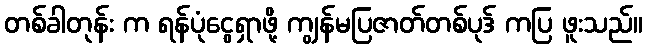
တစ်ခါတုန်း က ရန်ပုံငွေရှာဖို့ ကျွန်မပြဇာတ်တစ်ပုဒ် ကပြ ဖူးသည်။